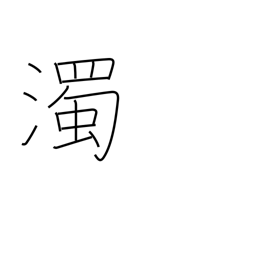
Meaning: voiced